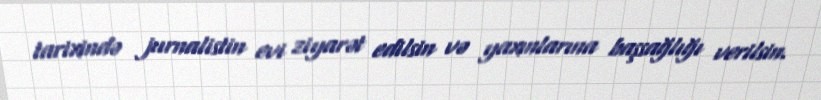
tarixində jurnalistin evi ziyarət edilsin və yaxınlarına başsağlığı verilsin.